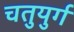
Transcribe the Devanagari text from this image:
चतुयुर्गं